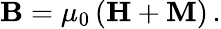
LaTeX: \mathbf{B}=\mu_{0}\left(\mathbf{H}+\mathbf{M}\right)\, .